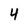
Character: 4